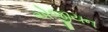
એજીયન